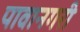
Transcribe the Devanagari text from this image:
पावानगरी